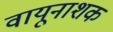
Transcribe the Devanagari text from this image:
वायूनाशक